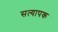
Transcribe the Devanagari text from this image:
सत्यापक